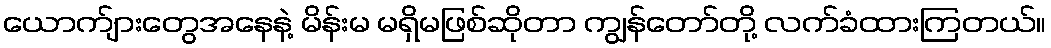
ယောက်ျားတွေအနေနဲ့ မိန်းမ မရှိမဖြစ်ဆိုတာ ကျွန်တော်တို့ လက်ခံထားကြတယ်။